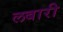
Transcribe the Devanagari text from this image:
लबारी